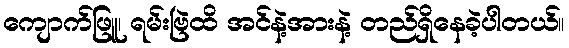
ကျောက်ဖြူ၊ ရမ်းဗြဲထိ အင်နဲ့အားနဲ့ တည်ရှိနေခဲ့ပါတယ်။